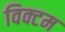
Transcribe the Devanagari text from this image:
विक्टम